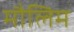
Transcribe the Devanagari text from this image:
मौलिम